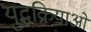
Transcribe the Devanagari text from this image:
युद्धक्रियाओं